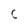
Character: C